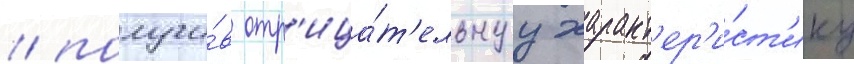
/ получи́в отр'ица́т'ельнуу характ'ер'и́ст'ику